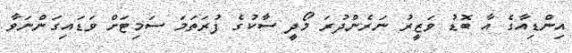
އިންޑިއާގެ އާ ބޮޑު ވަޒީރު ނަރެންދުރަ މޯދީ ސާކުގެ ފުރަތަމަ ސަމިޓަށް ވަޑައިގަންނަވާ